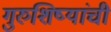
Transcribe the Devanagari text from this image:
गुरुशिष्यांची